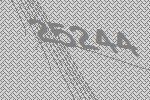
25244